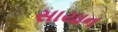
સાયાન